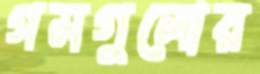
গমগুলোর